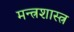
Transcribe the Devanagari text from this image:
मन्त्रशास्त्र